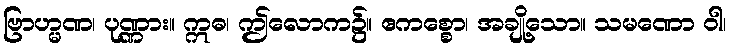
ဗြာဟ္မဏ၊ ပုဏ္ဏား။ ဣဓ၊ ဤလောက၌။ ဧကစ္စော၊ အချို့သော။ သမဏော ဝါ၊